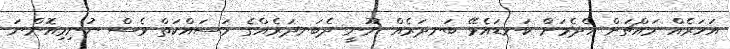
އަހަރެއް މައްޗަށް ހެދެމަށް ކަނޑައެޅޭ ބަނދަރެއް ނޫނީ ދެބަނދަރެއްގެ މަސައްކަތް ވެސް ނުނިމިއޮންނަ